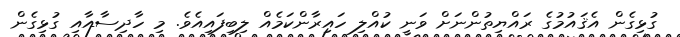
ގުޅިގެން އެޤައުމުގެ ރައްޔިތުންނަށް ވަނީ ކުއްލި ހައިރާންކަމެއް ލިބިފައިއެވެ. މި ހާދިސާއާއި ގުޅިގެން